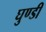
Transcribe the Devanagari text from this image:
घुण्डी